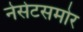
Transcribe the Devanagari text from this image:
नेसेटसमोर